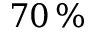
7 0 \, \%